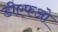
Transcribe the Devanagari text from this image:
डीएफओ